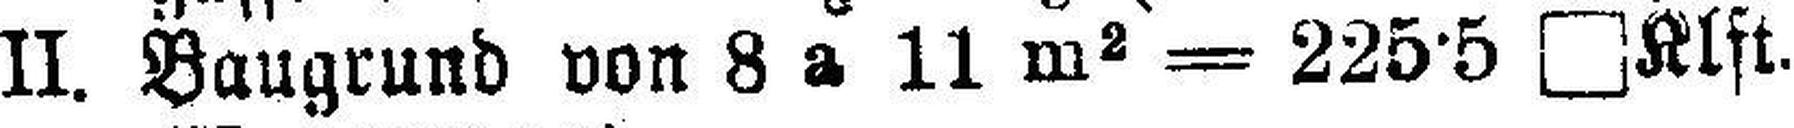
II. Baugrund von 8 a 11 m2 = 225·5 □Klft.